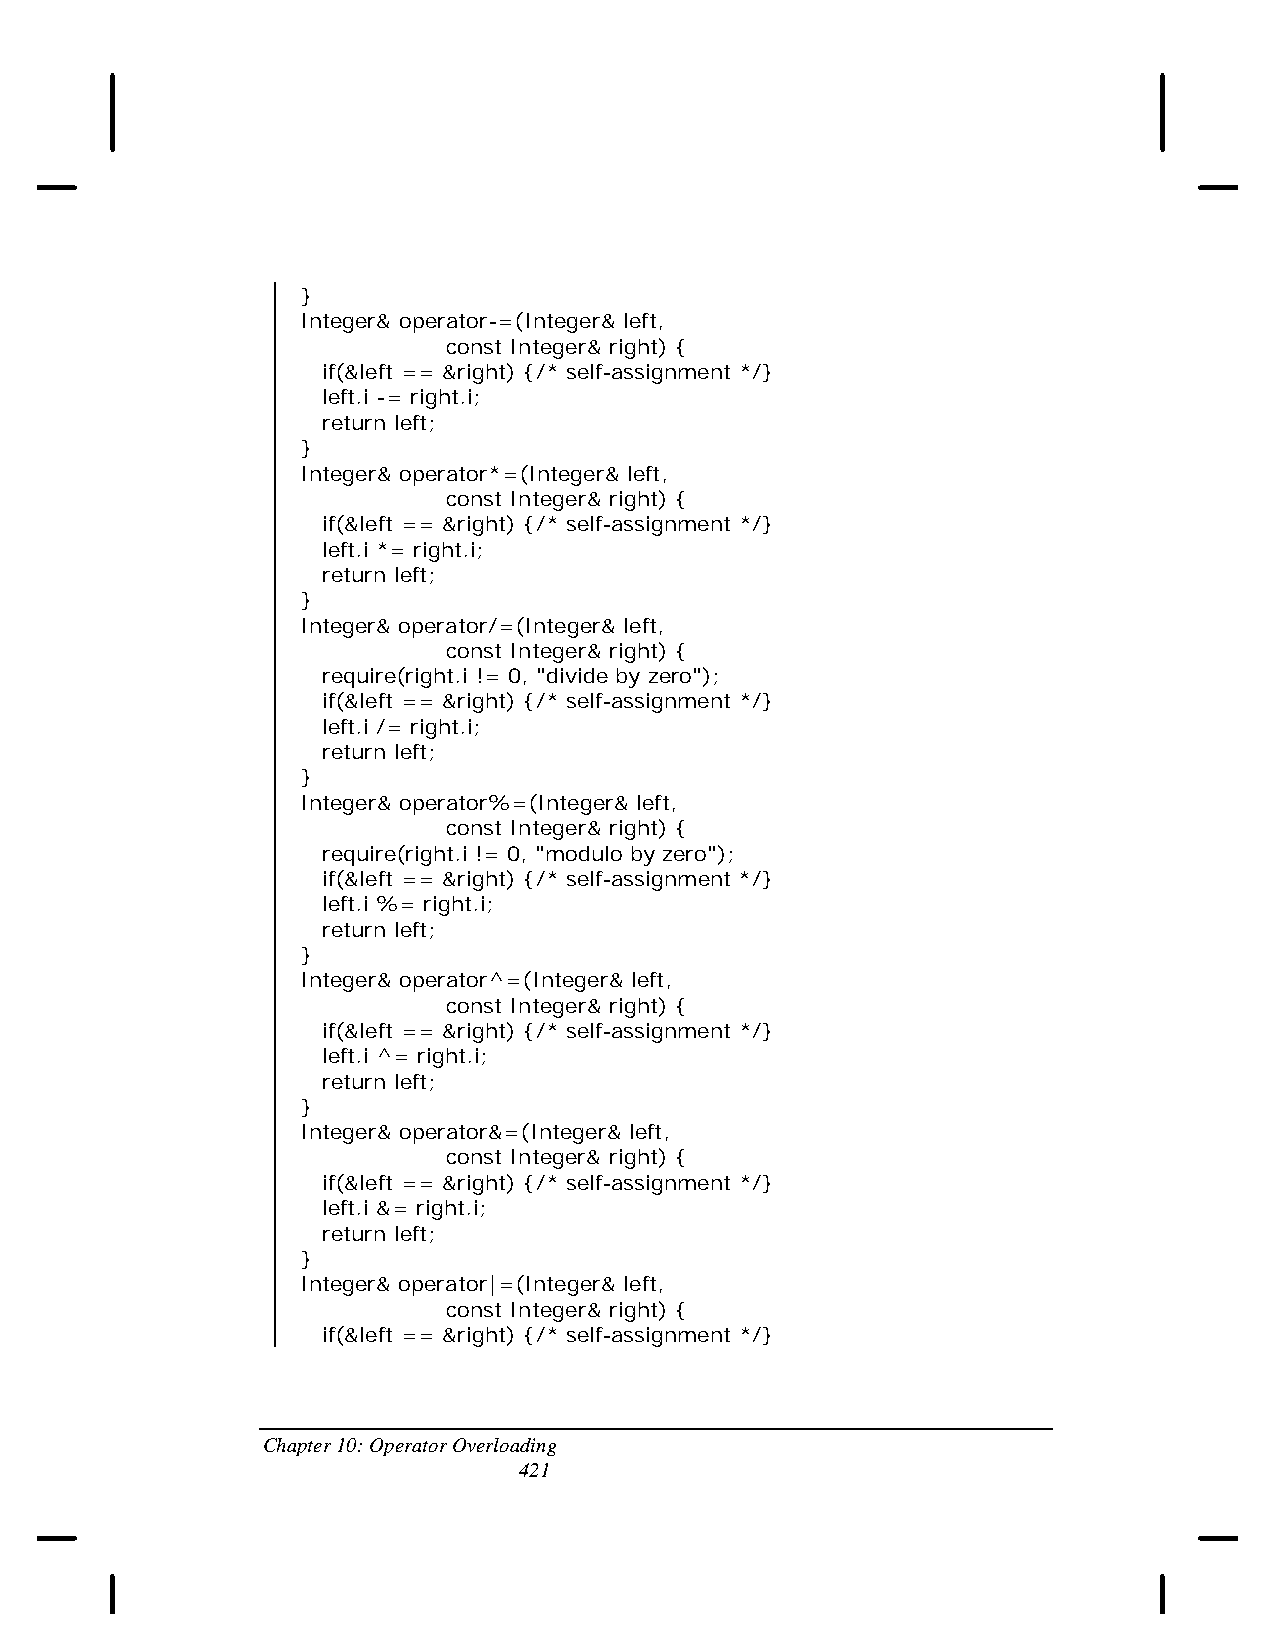
}
 Integer& operator-=(Integer& left,
 const Integer& right) {
 if(&left == &right) {/* self-assignment */}
 left.i -= right.i;
 return left;
 }
 Integer& operator*=(Integer& left,
 const Integer& right) {
 if(&left == &right) {/* self-assignment */}
 left.i *= right.i;
 return left;
 }
 Integer& operator/=(Integer& left,
 const Integer& right) {
 require(right.i != 0, "divide by zero");
 if(&left == &right) {/* self-assignment */}
 left.i /= right.i;
 return left;
 }
 Integer& operator%=(Integer& left,
 const Integer& right) {
 require(right.i != 0, "modulo by zero");
 if(&left == &right) {/* self-assignment */}
 left.i %= right.i;
 return left;
 }
 Integer& operator^=(Integer& left,
 const Integer& right) {
 if(&left == &right) {/* self-assignment */}
 left.i ^= right.i;
 return left;
 }
 Integer& operator&=(Integer& left,
 const Integer& right) {
 if(&left == &right) {/* self-assignment */}
 left.i &= right.i;
 return left;
 }
 Integer& operator|=(Integer& left,
 const Integer& right) {
 if(&left == &right) {/* self-assignment */}
 Chapter 10: Operator Overloading
 421